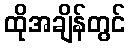
ထိုအချိန်တွင်